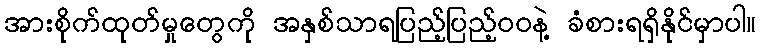
အားစိုက်ထုတ်မှုတွေကို အနှစ်သာရပြည့်ပြည့်ဝဝနဲ့ ခံစားရရှိနိုင်မှာပါ။